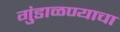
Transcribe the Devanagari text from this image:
गुंडाळण्याचा